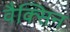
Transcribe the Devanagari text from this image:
वैक्सिन